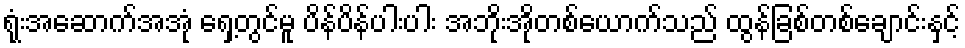
ရုံးအဆောက်အအုံ ရှေ့တွင်မူ ပိန်ပိန်ပါးပါး အဘိုးအိုတစ်ယောက်သည် ထွန်ခြစ်တစ်ချောင်းနှင့်